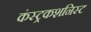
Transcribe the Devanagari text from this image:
कंस्ट्रकशनिस्ट